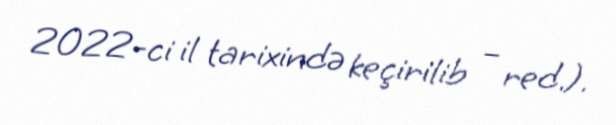
2022-ci il tarixində keçirilib – red.).